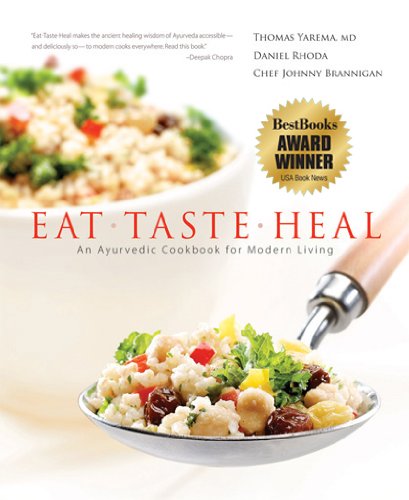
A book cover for Eat-Taste-Heal: An Ayurvedic Cookbook for Modern Living; Thomas Yarema; Health, Fitness & Dieting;